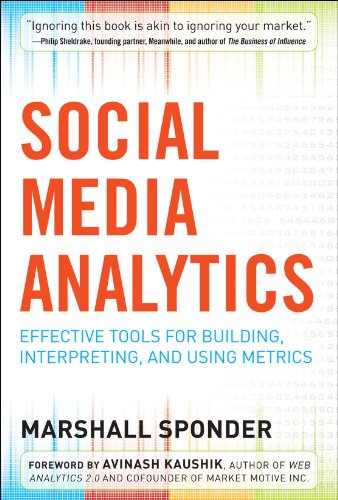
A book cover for Social Media Analytics: Effective Tools for Building, Interpreting, and Using Metrics; Marshall Sponder; Computers & Technology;